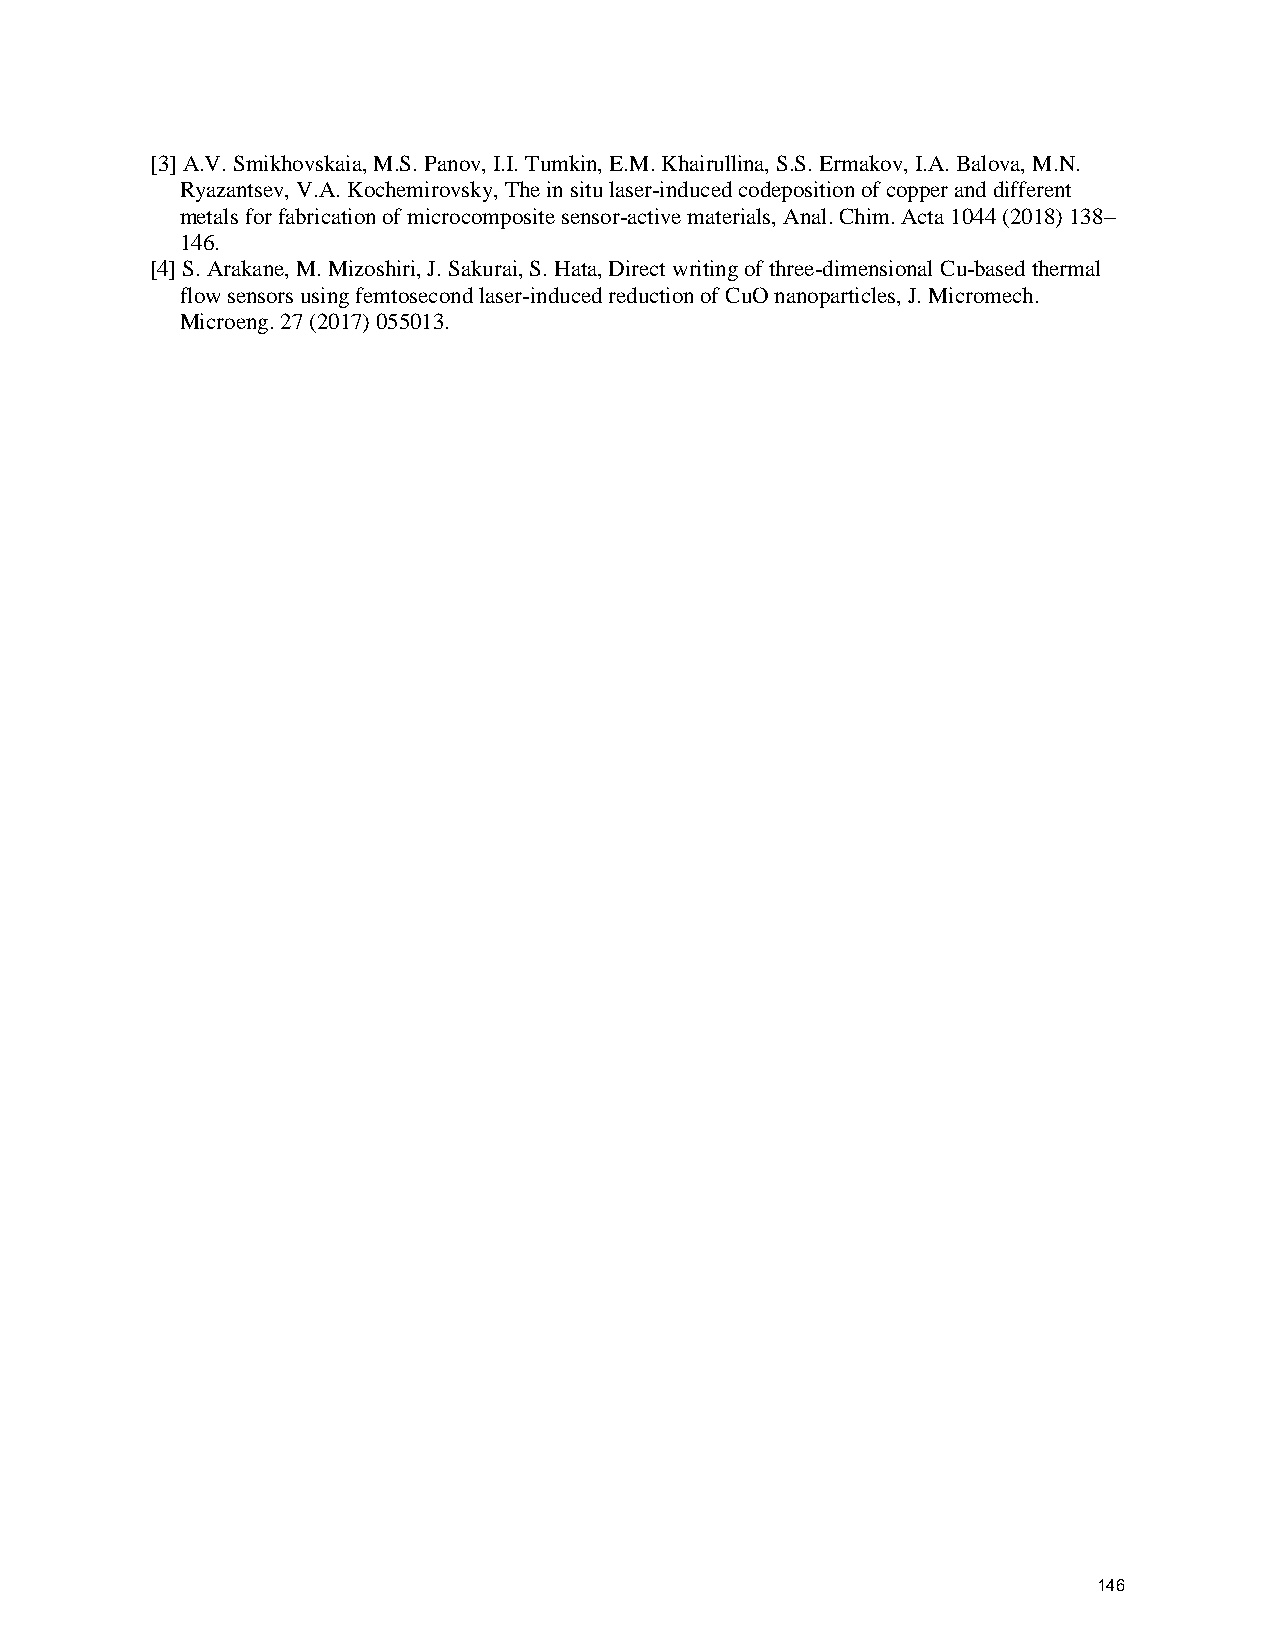
[3] A.V. Smikhovskaia, M.S. Panov, I.I. Tumkin, E.M. Khairullina, S.S. Ermakov, I.A. Balova, M.N.
 Ryazantsev, V.A. Kochemirovsky, The in situ laser-induced codeposition of copper and different
 metals for fabrication of microcomposite sensor-active materials, Anal. Chim. Acta 1044 (2018) 138–
 146.
 [4] S. Arakane, M. Mizoshiri, J. Sakurai, S. Hata, Direct writing of three-dimensional Cu-based thermal
 flow sensors using femtosecond laser-induced reduction of CuO nanoparticles, J. Micromech.
 Microeng. 27 (2017) 055013.
 146